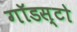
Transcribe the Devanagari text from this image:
गॉडस्टो